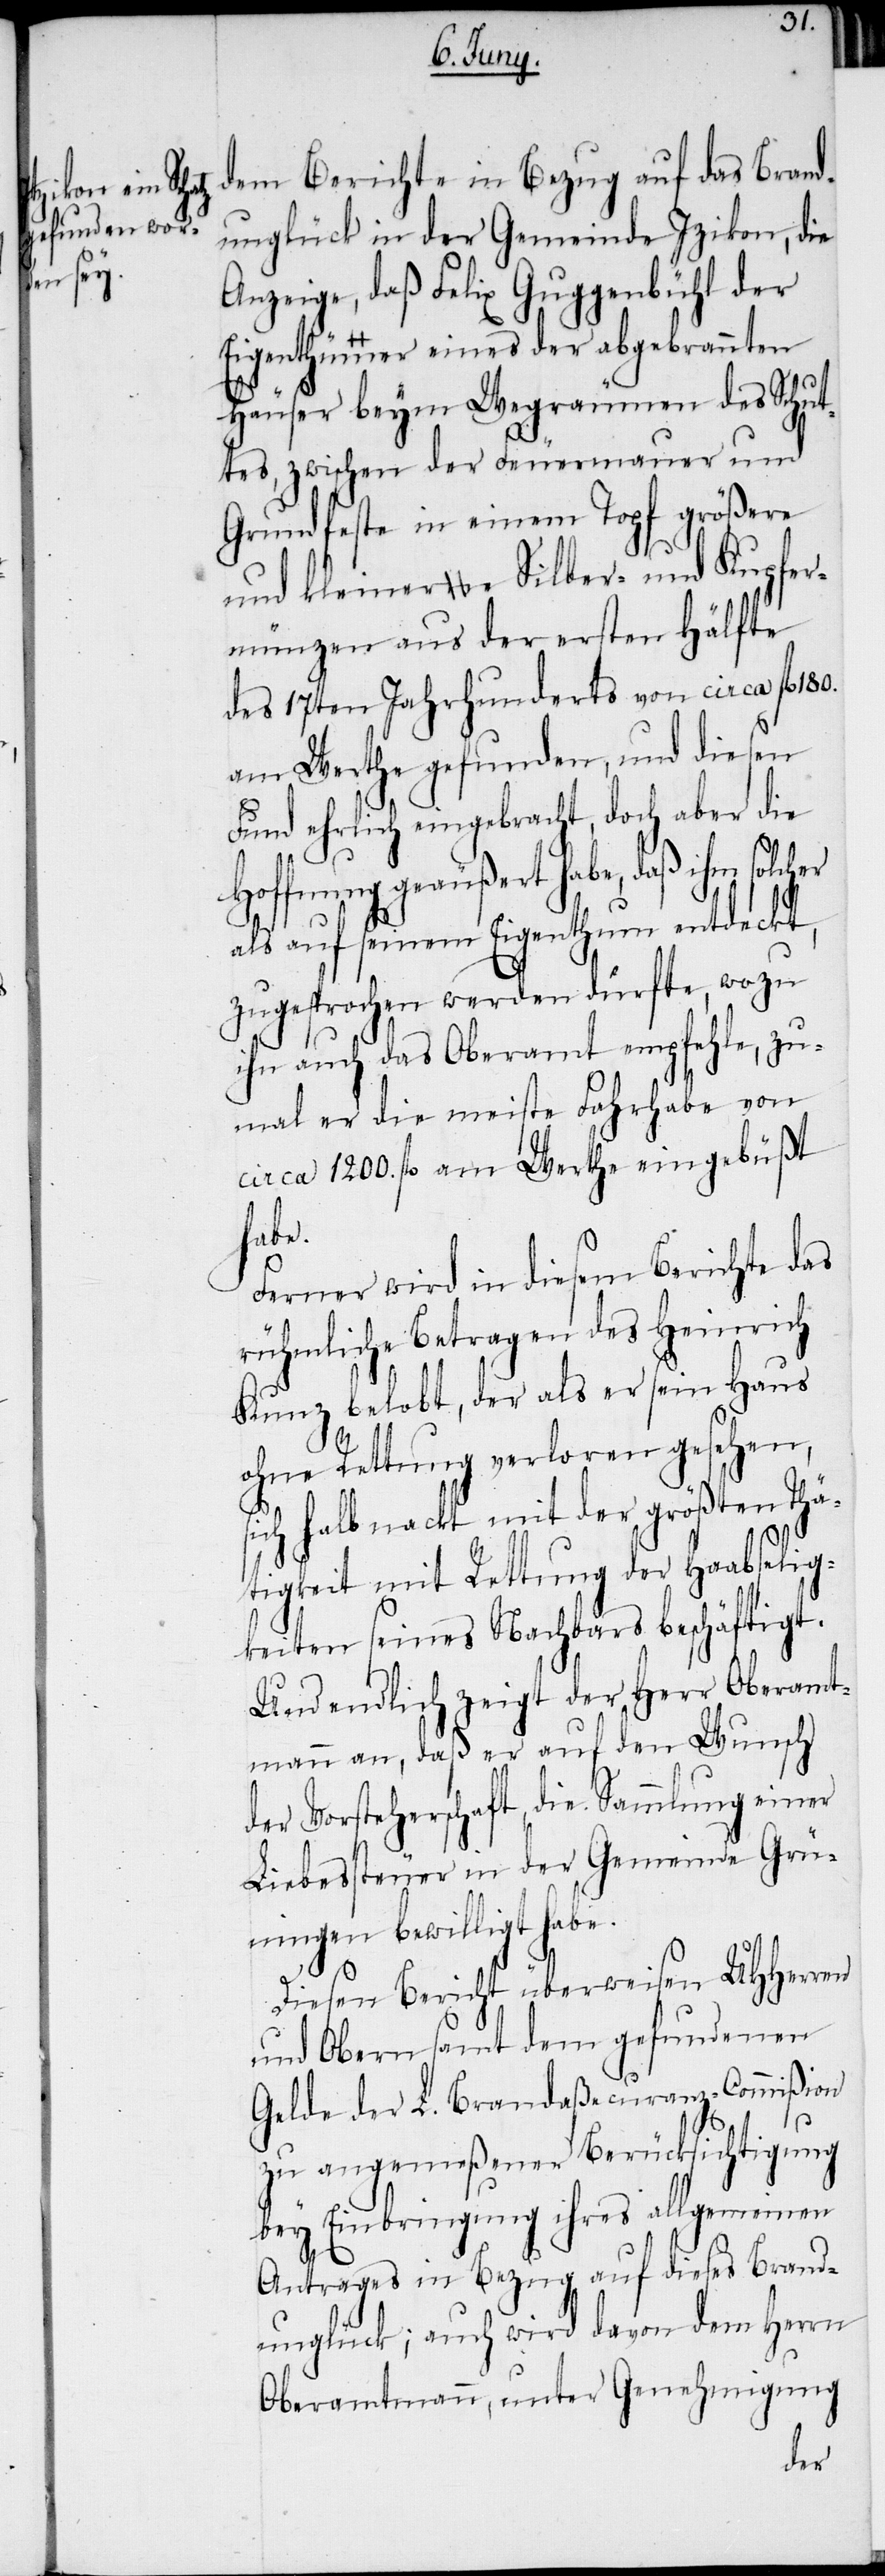
Kenntniß ge¬

noch Bericht in Bezug auf den Verlust
unglück in der Gemeinde Izikon, die
Anzeige, daß Felix Guggenbühl der
Eigenthümer eines der abgebrannten
Häuser beym Wegräumen des Schut¬
tes, zwischen der Feuermauer und
Grundfeste in einem Topf größere
und kleinere Silber- und Kupfer¬
münzen aus der ersten Hälfte
des 17ten Jahrhunderts von circa fl 180.
am Werthe gefunden, und diesen
Fund ehrlich eingebracht, doch aber die
Hoffnung geäußert habe, daß ihm solch¬
als auf seinem Eigenthum entdeckt,
zugesprochen werden dürfte, wozu
ihn auch das Oberamt empfehle, zu¬
mal er die meiste Fahrhabe von
circa 1200. fl am Werthe eingebüßt
habe,
Ferner wird in diesem Berichte das
rühmliche Betragen des Heinrich
Kunz belobt, der als er sein Haus
ohne Rettung verloren gesehen,
ich halb nackt mit der größten Thä¬
s¬
tigkeit mit Rettung der Haabselig¬
keiten seines Nachbars beschäftigt.
Und endlich zeigt der Herr Oberamt¬
mann an, daß er auf den Wunsch
der Vorsteherschaft, die Sammlung einer
Liebessteuer in der Gemeinde Grü¬
ningen bewilligt habe.
die
Diesen Bericht überweisen UHHerren
und Obern samt dem gefundenen
geben, der L. Brandaßecuranz-Commißion
zu angemeßener Berücksichtigung
bey Einbringung ihres allgemeinen
Antrages in Bezug auf dieses Brand¬
unglück; auch wird davon dem Herrn
Oberamtmann, unter Genehmigung
den